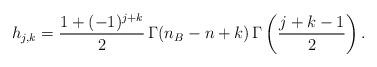
LaTeX: \begin{align*}h_{j,k}=\frac{1+(-1)^{j+k}}{2}\,\Gamma(n_B-n+k)\,\Gamma\left(\frac{j+k-1}{2}\right).\end{align*}